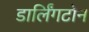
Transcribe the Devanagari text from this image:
डार्लिंगटोन